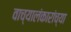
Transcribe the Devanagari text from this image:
वाच्यालंकारांच्या